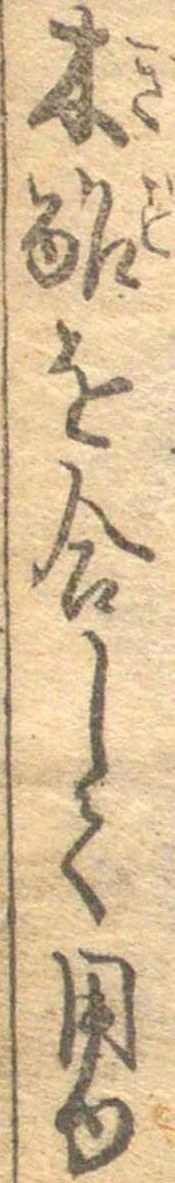
木酢を合して用ゆ